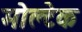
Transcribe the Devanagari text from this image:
मोल्टेक